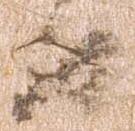
日